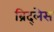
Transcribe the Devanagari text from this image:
ब्रिद्लेस